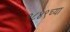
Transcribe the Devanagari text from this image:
१८४९च्या